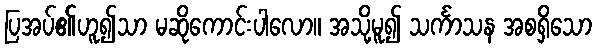
ပြအပ်၏ဟူ၍သာ မဆိုကောင်းပါလော။ အသို့မူ၍ သင်္ကာသန အစရှိသော